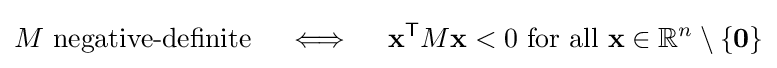
M{\text{ negative-definite}}\quad \iff \quad \mathbf {x} ^{\mathsf {T}}M\mathbf {x} <0{\text{ for all }}\mathbf {x} \in \mathbb {R} ^{n}\setminus \{\mathbf {0} \}